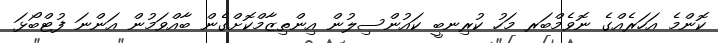
ކޮންމެ އަހަރެއްގެ ނޮވެމްބަރ މަހު ކުރިނބީ ކައުންސިލުން އިންތިޒާމްކޮށްގެން ބާއްވަމުން އަންނަ ފުޓްބޯޅަ